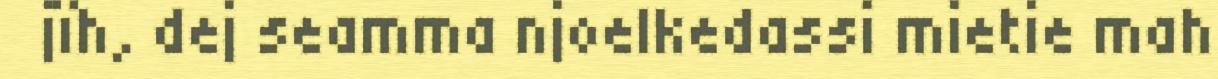
jïh, dej seamma njoelkedassi mietie mah